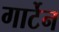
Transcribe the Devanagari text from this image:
गार्टेन